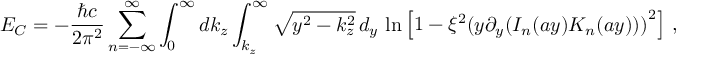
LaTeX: E _ { C } = - \frac { \hbar c } { 2 \pi ^ { 2 } } \sum _ { n = - \infty } ^ { \infty } \int _ { 0 } ^ { \infty } d k _ { z } \int _ { k _ { z } } ^ { \infty } \sqrt { y ^ { 2 } - k _ { z } ^ { 2 } } \, d _ { y } \, \ln \left[ 1 - { { \xi } ^ { 2 } } { { ( y { { \partial } _ { y } } ( { I _ { n } } ( a y ) { { { K } } _ { n } } ( a y ) ) ) } ^ { 2 } } \right] \, ,